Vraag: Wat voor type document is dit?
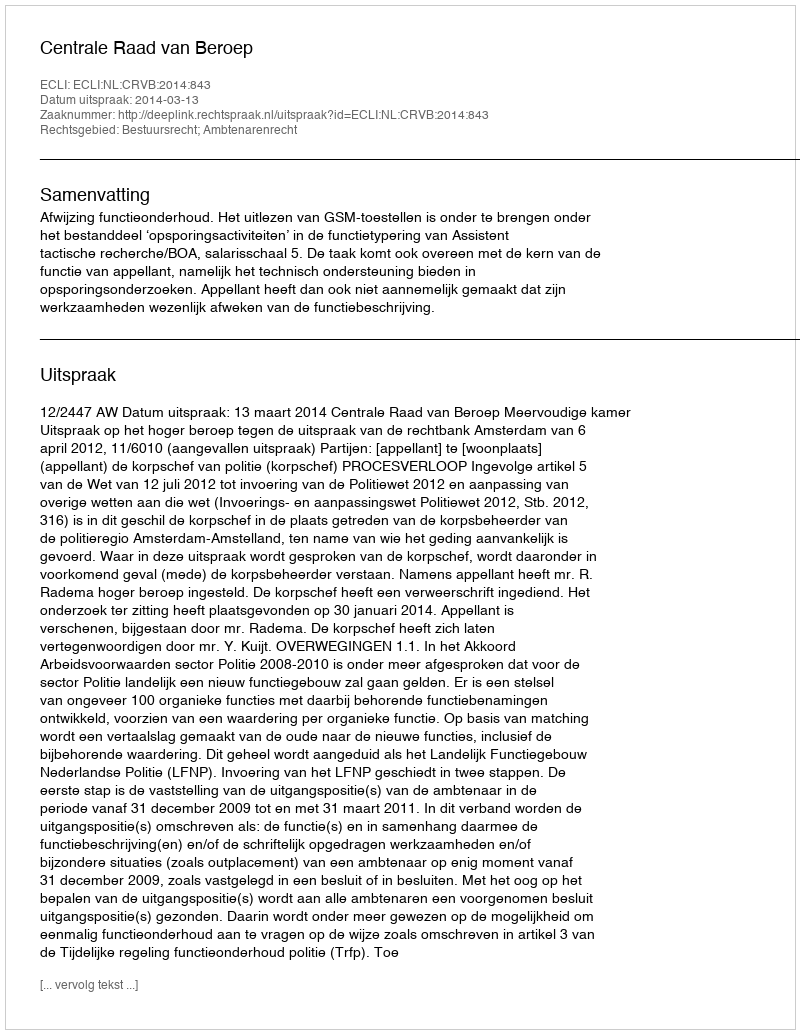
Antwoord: Uitspraak